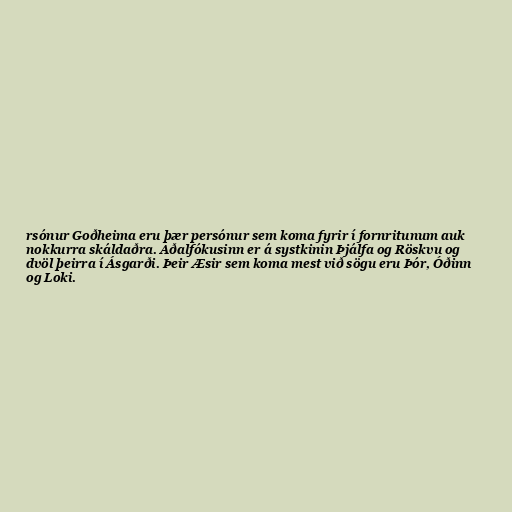
rsónur Goðheima eru þær persónur sem koma fyrir í fornritunum auk
nokkurra skáldaðra. Aðalfókusinn er á systkinin Þjálfa og Röskvu og
dvöl þeirra í Ásgarði. Þeir Æsir sem koma mest við sögu eru Þór, Óðinn
og Loki.